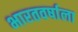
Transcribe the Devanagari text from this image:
भारतवर्षाला